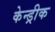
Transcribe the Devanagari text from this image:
केन्ड्रीक